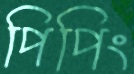
পিপিং